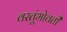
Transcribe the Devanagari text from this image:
वस्तूंभोवती